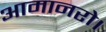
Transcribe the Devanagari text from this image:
आमानरो।